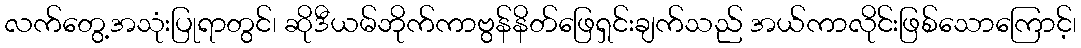
လက်တွေ့အသုံးပြုရာတွင်၊ ဆိုဒီယမ်ဘိုက်ကာဗွန်နိတ်ဖြေရှင်းချက်သည် အယ်ကာလိုင်းဖြစ်သောကြောင့်၊